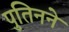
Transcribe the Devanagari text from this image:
पुतिनने